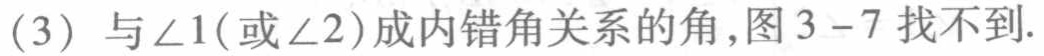
(3) 与\(\angle 1\)（或\(\angle 2\)）成内错角关系的角，图3 - 7找不到.